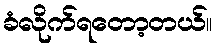
ခံလိုက်ရတော့တယ်။